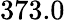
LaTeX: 373.0